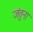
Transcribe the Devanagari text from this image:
जंतुना